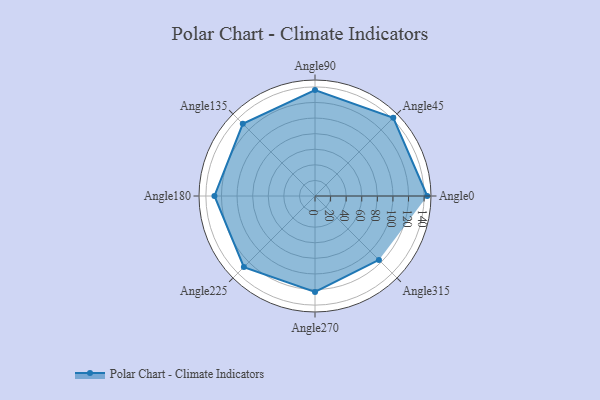
{"axis": {"x": "Angle", "y": "Radius"}, "legend": [""], "data": [{"x": "Angle0", "y": 144.0, "type": ""}, {"x": "Angle45", "y": 142.0, "type": ""}, {"x": "Angle90", "y": 136.0, "type": ""}, {"x": "Angle135", "y": 131.0, "type": ""}, {"x": "Angle180", "y": 129.0, "type": ""}, {"x": "Angle225", "y": 129.0, "type": ""}, {"x": "Angle270", "y": 123.0, "type": ""}, {"x": "Angle315", "y": 116.0, "type": ""}]}